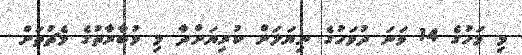
މި މަހުގެ 14 ވަނަ ދުވަހުގެ ނިޔަލަށް ކުރިޔަށްދާ މި މުބާރާތުގެ މެޗުތަށް